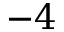
{ - 4 }